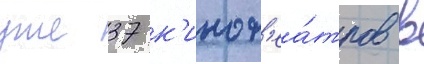
уже 37 к'инот'еа́тров в